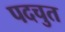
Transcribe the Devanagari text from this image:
पदचुत